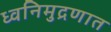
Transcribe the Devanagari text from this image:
ध्वनिमुद्रणात